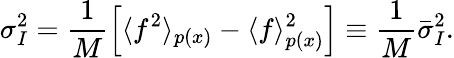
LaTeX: \sigma_{I}^{2}=\frac{1}{M}\left[\langle f^{2}\rangle_{p(x)}-\langle f\rangle_{p(x)}^{2}\right]\equiv\frac{1}{M}\bar{\sigma}_{I}^{2}.